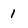
Character: 1